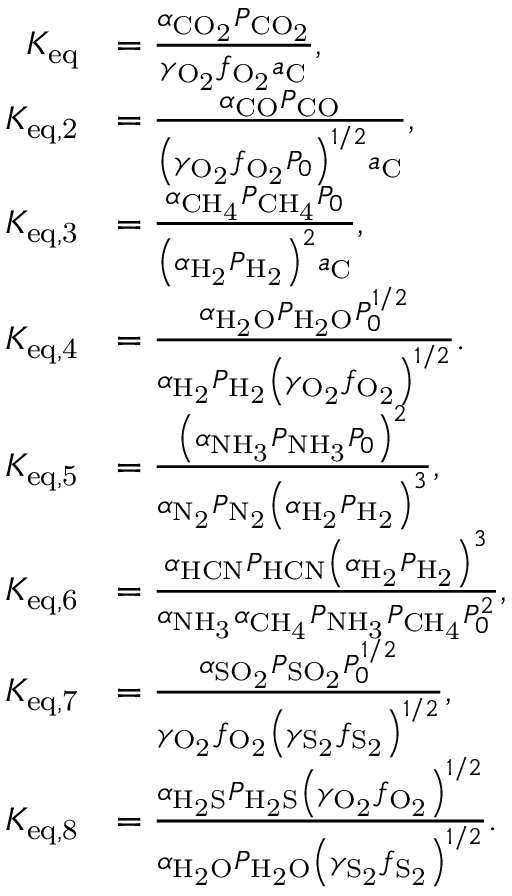
\begin{array} { r l } { K _ { \mathrm { e q } } } & { = \frac { \alpha _ { \mathrm { C O _ { 2 } } } P _ { \mathrm { C O _ { 2 } } } } { \gamma _ { \mathrm { O _ { 2 } } } f _ { \mathrm { O _ { 2 } } } a _ { \mathrm { C } } } , } \\ { K _ { \mathrm { e q , 2 } } } & { = \frac { \alpha _ { \mathrm { C O } } P _ { \mathrm { C O } } } { \left( \gamma _ { \mathrm { O _ { 2 } } } f _ { \mathrm { O _ { 2 } } } P _ { 0 } \right) ^ { 1 / 2 } a _ { \mathrm { C } } } , } \\ { K _ { \mathrm { e q , 3 } } } & { = \frac { \alpha _ { \mathrm { C H _ { 4 } } } P _ { \mathrm { C H _ { 4 } } } P _ { 0 } } { \left( \alpha _ { \mathrm { H _ { 2 } } } P _ { \mathrm { H _ { 2 } } } \right) ^ { 2 } a _ { \mathrm { C } } } , } \\ { K _ { \mathrm { e q , 4 } } } & { = \frac { \alpha _ { \mathrm { H _ { 2 } O } } P _ { \mathrm { H _ { 2 } O } } P _ { 0 } ^ { 1 / 2 } } { \alpha _ { \mathrm { H _ { 2 } } } P _ { \mathrm { H _ { 2 } } } \left( \gamma _ { \mathrm { O _ { 2 } } } f _ { \mathrm { O _ { 2 } } } \right) ^ { 1 / 2 } } . } \\ { K _ { \mathrm { e q , 5 } } } & { = \frac { \left( \alpha _ { \mathrm { N H _ { 3 } } } P _ { \mathrm { N H _ { 3 } } } P _ { 0 } \right) ^ { 2 } } { \alpha _ { \mathrm { N _ { 2 } } } P _ { \mathrm { N _ { 2 } } } \left( \alpha _ { \mathrm { H _ { 2 } } } P _ { \mathrm { H _ { 2 } } } \right) ^ { 3 } } , } \\ { K _ { \mathrm { e q , 6 } } } & { = \frac { \alpha _ { \mathrm { H C N } } P _ { \mathrm { H C N } } \left( \alpha _ { \mathrm { H _ { 2 } } } P _ { \mathrm { H _ { 2 } } } \right) ^ { 3 } } { \alpha _ { \mathrm { N H _ { 3 } } } \alpha _ { \mathrm { C H _ { 4 } } } P _ { \mathrm { N H _ { 3 } } } P _ { \mathrm { C H _ { 4 } } } P _ { 0 } ^ { 2 } } , } \\ { K _ { \mathrm { e q , 7 } } } & { = \frac { \alpha _ { \mathrm { S O _ { 2 } } } P _ { \mathrm { S O _ { 2 } } } P _ { 0 } ^ { 1 / 2 } } { \gamma _ { \mathrm { O _ { 2 } } } f _ { \mathrm { O _ { 2 } } } \left( \gamma _ { \mathrm { S _ { 2 } } } f _ { \mathrm { S _ { 2 } } } \right) ^ { 1 / 2 } } , } \\ { K _ { \mathrm { e q , 8 } } } & { = \frac { \alpha _ { \mathrm { H _ { 2 } S } } P _ { \mathrm { H _ { 2 } S } } \left( \gamma _ { \mathrm { O _ { 2 } } } f _ { \mathrm { O _ { 2 } } } \right) ^ { 1 / 2 } } { \alpha _ { \mathrm { H _ { 2 } O } } P _ { \mathrm { H _ { 2 } O } } \left( \gamma _ { \mathrm { S _ { 2 } } } f _ { \mathrm { S _ { 2 } } } \right) ^ { 1 / 2 } } . } \end{array}